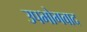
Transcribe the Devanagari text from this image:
उपभोगवाद